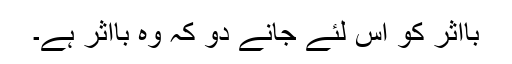
بااثر کو اس لئے جانے دو کہ وہ بااثر ہے۔